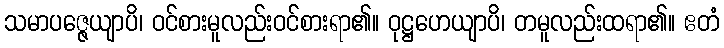
သမာပဇ္ဇေယျာပိ၊ ဝင်စားမူလည်းဝင်စားရာ၏။ ဝုဋ္ဌဟေယျာပိ၊ တမူလည်းထရာ၏။ ဧတံ